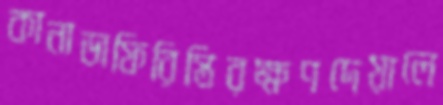
কানাডাফিরিস্তিরক্ষণদেয়ালে